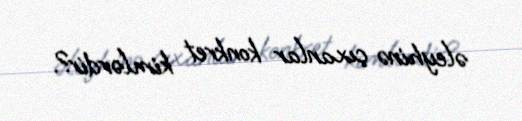
əleyhinə çıxanlar konkret kimlərdir?.